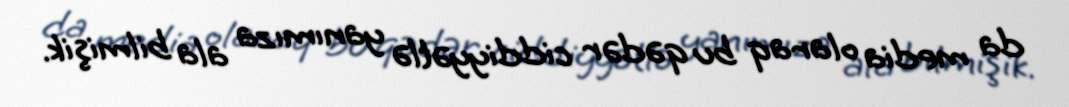
da media olaraq bu qədər ciddiyyətlə yanımıza ala bilmişik.